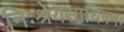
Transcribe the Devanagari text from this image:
निःश्रेयसाधिगमः